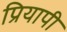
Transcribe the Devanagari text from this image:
प्रियापी